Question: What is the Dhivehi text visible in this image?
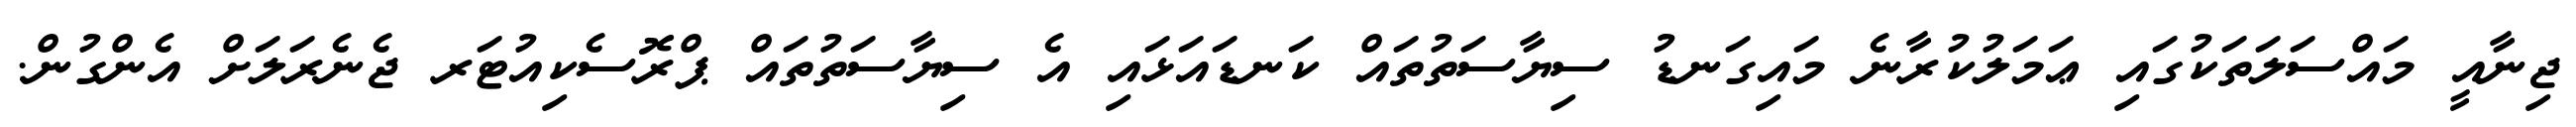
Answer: ޖިނާއީ މައްސަލަތަކުގައި ޢަމަލުކުރާނެ މައިގަނޑު ސިޔާސަތުތައް ކަނޑައަޅައި އެ ސިޔާސަތުތައް ޕްރޮސެކިއުޓަރ ޖެނެރަލަށް އެންގުން.